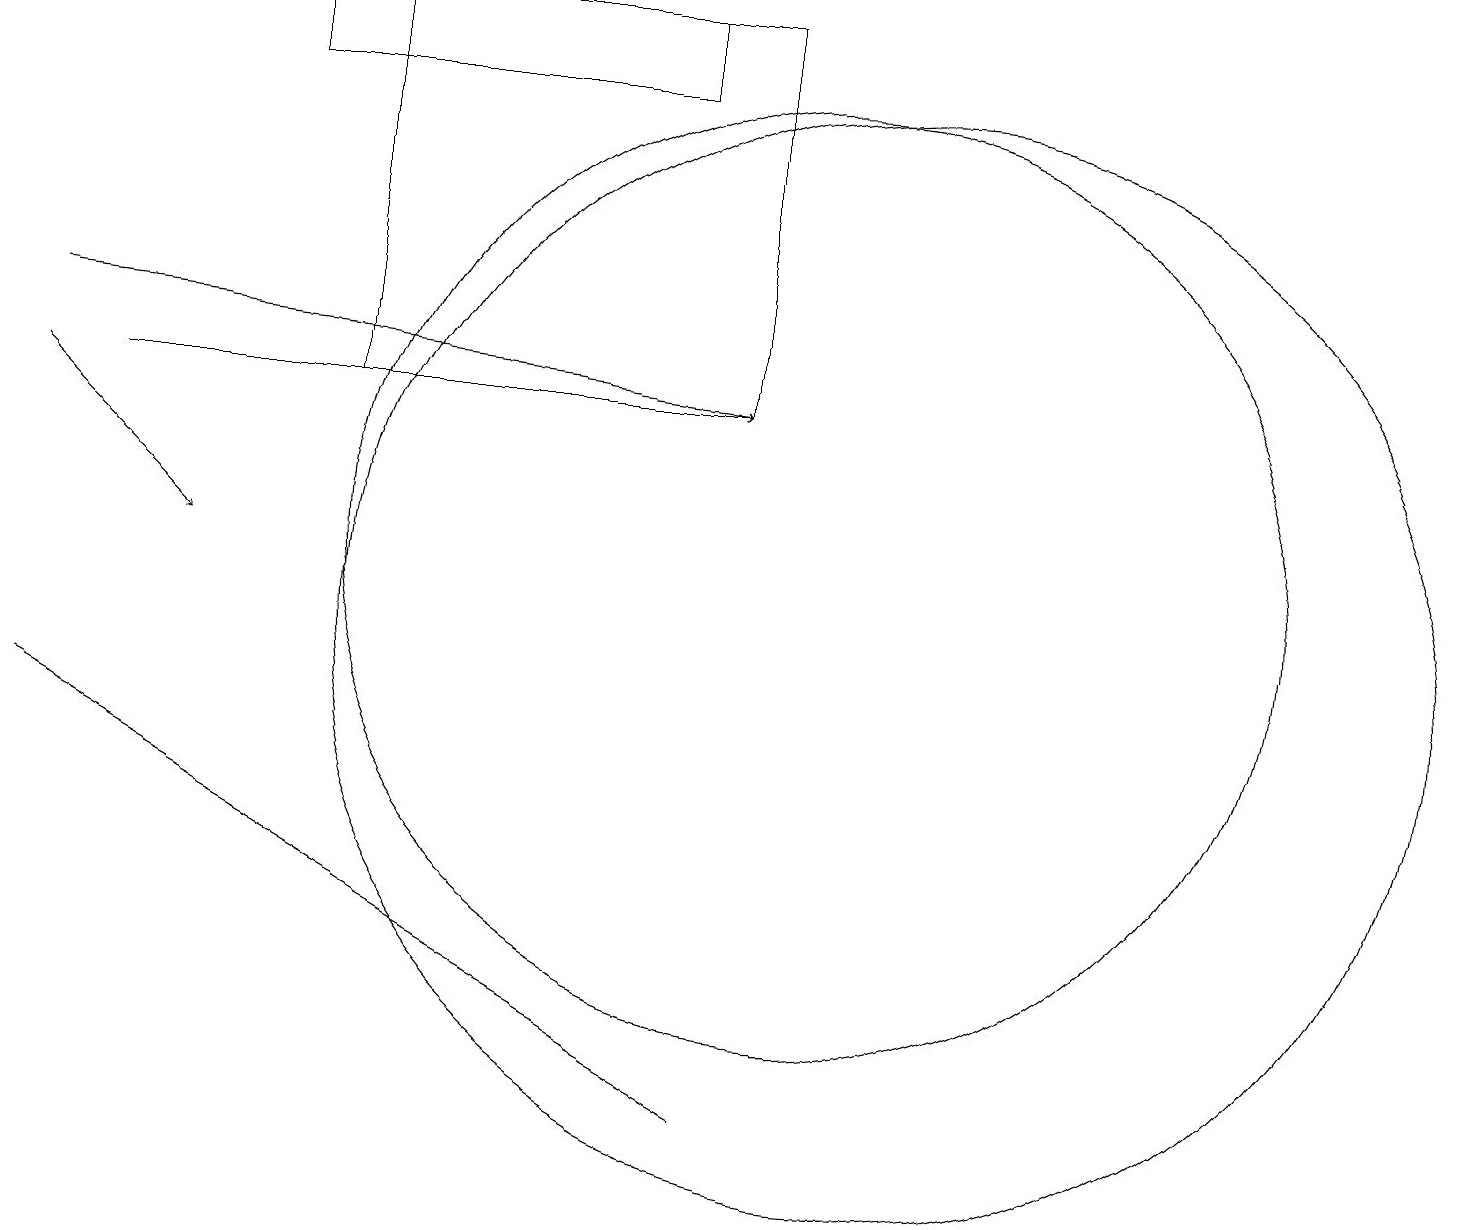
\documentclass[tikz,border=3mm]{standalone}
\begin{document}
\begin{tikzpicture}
\draw (11,10) circle (7);
\draw (10,11) circle (6);
\draw (9,4) -- (0,9) -- (0,9) -- cycle;
\draw[->] (1,13) -- (9,13);
\draw (8,18) rectangle (3,17);
\draw[->] (0,13) -- (2,11);
\draw (4,18) rectangle (9,13);
\draw[->] (0,14) -- (9,13);
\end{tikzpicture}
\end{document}